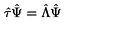
\hat { \tau } \hat { \Psi } = \hat { \Lambda } \hat { \Psi }